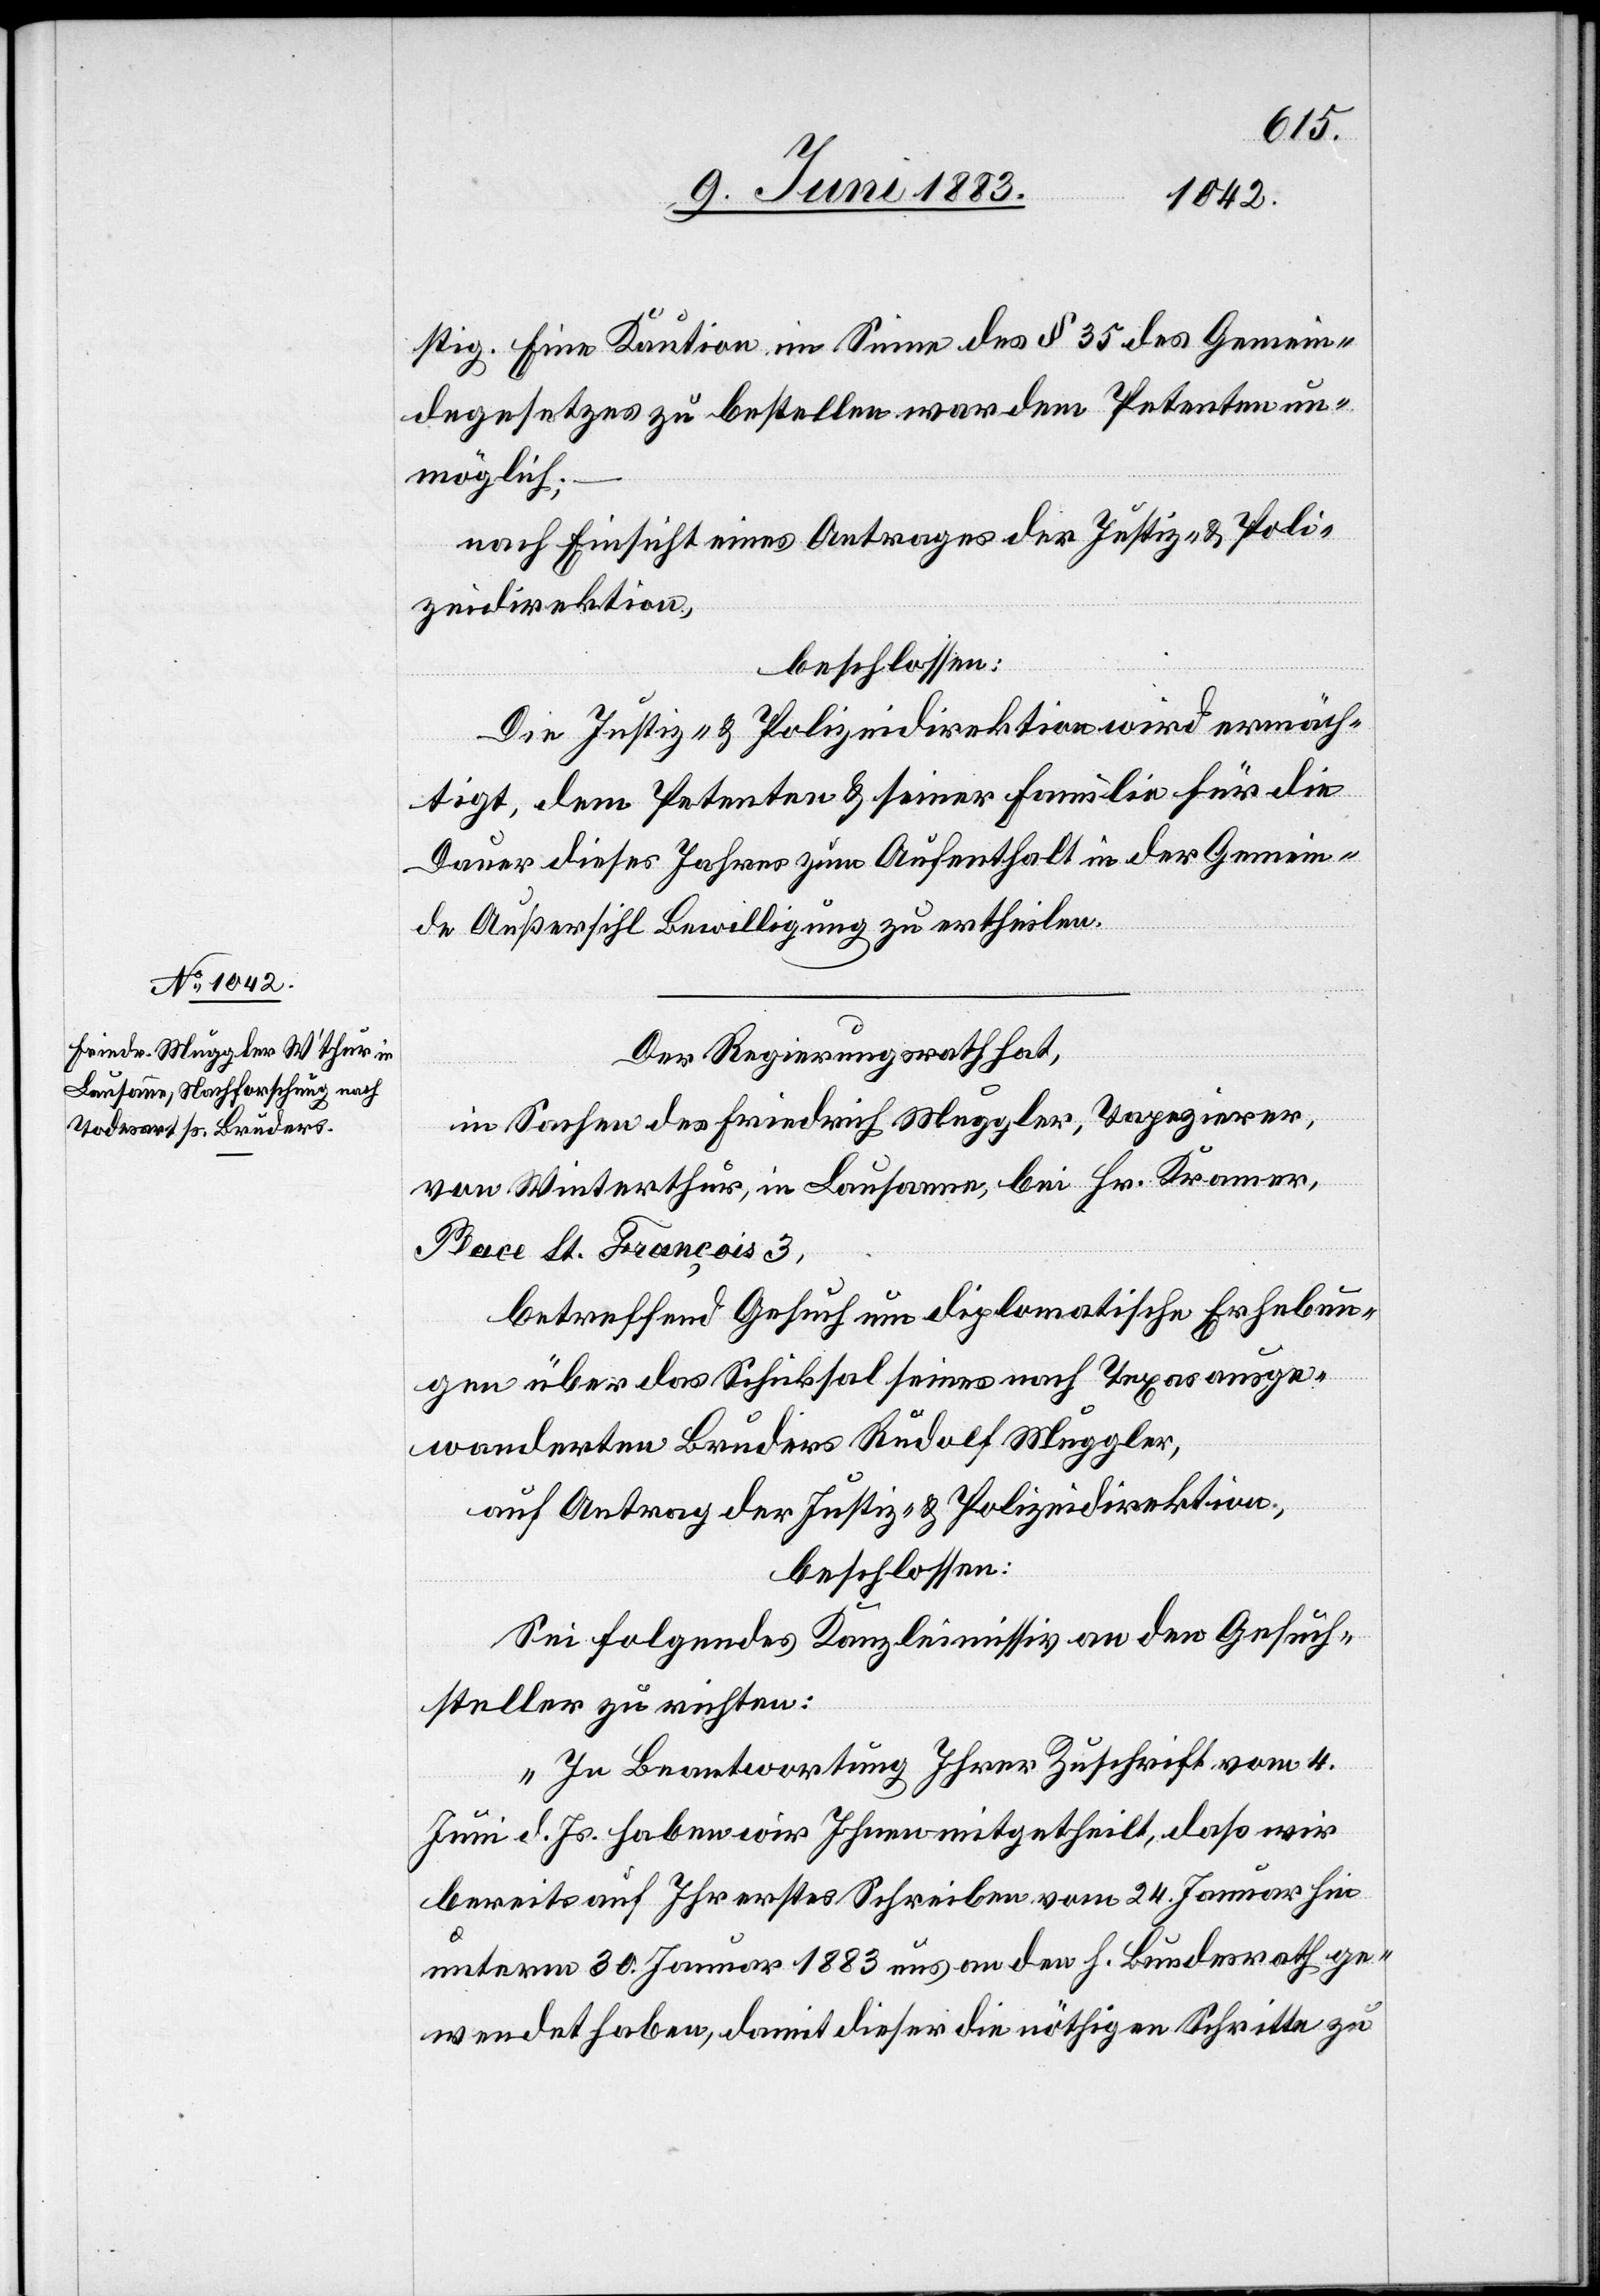
stig. Eine Kaution im Sinne des § 35 des Gemein¬
degesetzes zu bestellen war dem Petenten un¬
möglich;
nach Einsicht eines Antrages der Justiz- & Poli¬
zeidirektion,
beschlossen:
Die Justiz- & Polizeidirektion wird ermäch¬
tigt, dem Petenten & seiner Familie für die
Dauer dieses Jahres zum Aufenthalt in der Gemein¬
de Außersihl Bewilligung zu ertheilen.
Der Regierungsrath hat,
in Sachen des Friedrich Muggler, Tapezirer,
von Winterthur, in Lausanne, bei Hr. Kramer,
Place St. François 3,
betreffend Gesuch um diplomatische Erhebun¬
gen über das Schicksal seines nach Texas ausge¬
wanderten Bruders Rudolf Muggler,
auf Antrag der Justiz- & Polizeidirektion,
beschlossen:
Sei folgendes Kanzleimissiv an den Gesuch¬
steller zu richten:
„In Beantwortung Ihrer Zuschrift vom 4.
Juni d. Js. haben wir Ihnen mitgetheilt, daß wir
bereits auf Ihr erstes Schreiben vom 24. Januar hin
unterm 30. Januar 1883 aus an den h. Bundesrath ge¬
wendet haben, damit dieser die nöthigen Schritte zu